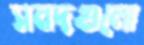
সনদগুলো